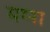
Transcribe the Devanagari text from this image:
मग्ना